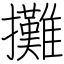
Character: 攤